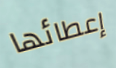
إعطائها